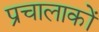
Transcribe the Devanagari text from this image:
प्रचालाकों